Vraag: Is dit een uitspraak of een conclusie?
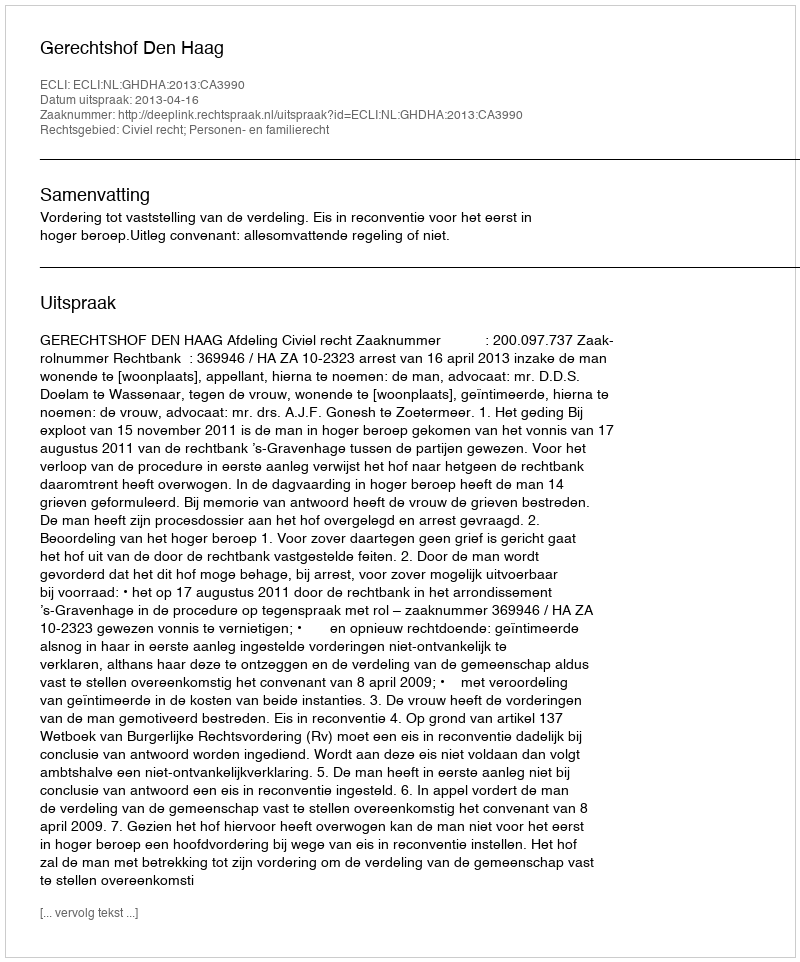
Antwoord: Uitspraak